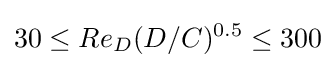
{30\leq Re_{D}(D/C)^{0.5}\leq 300}